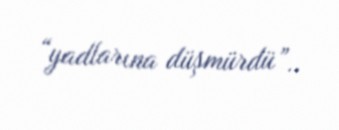
“yadlarına düşmürdü”..